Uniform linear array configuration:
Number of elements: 12
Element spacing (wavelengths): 0.5
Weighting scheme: hann
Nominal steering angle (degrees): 0
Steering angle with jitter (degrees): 0.4357
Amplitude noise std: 0.05
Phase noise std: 0.05

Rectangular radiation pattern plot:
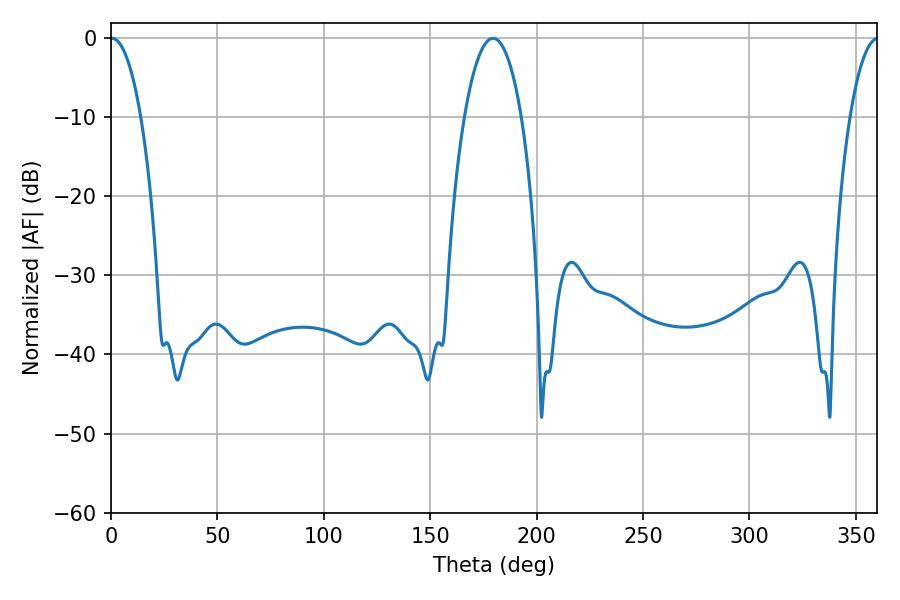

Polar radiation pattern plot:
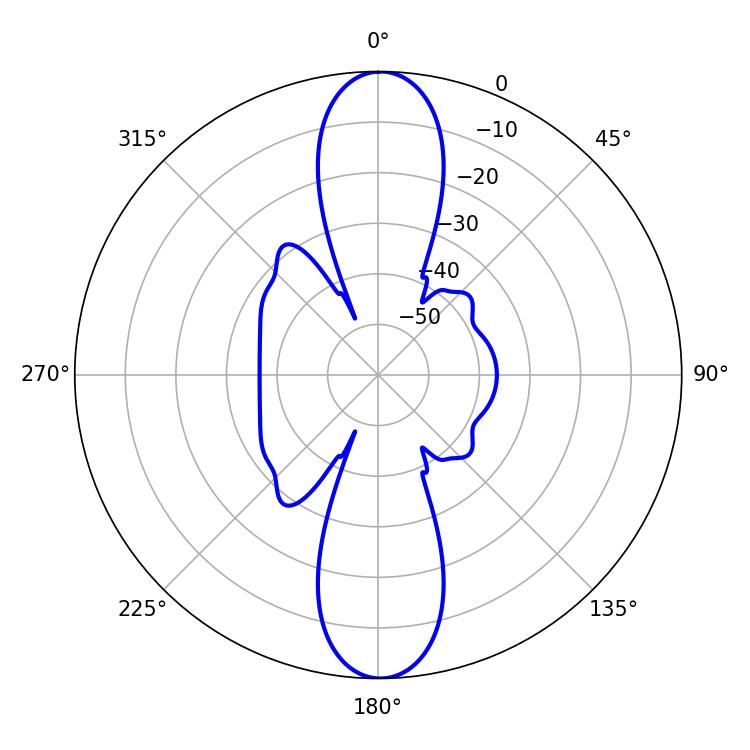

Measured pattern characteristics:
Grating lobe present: FALSE
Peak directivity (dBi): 26.193
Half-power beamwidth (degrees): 8.1
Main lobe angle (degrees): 0.54